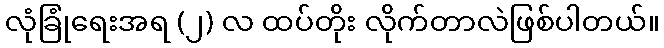
လုံခြုံရေးအရ (၂) လ ထပ်တိုး လိုက်တာလဲဖြစ်ပါတယ်။